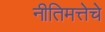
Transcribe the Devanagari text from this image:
नीतिमत्तेचे